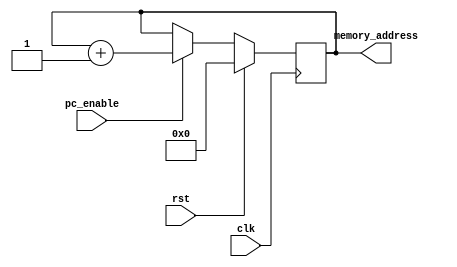


module program_counter
(
    input clk,
    input pc_enable,
    input rst,
    output reg [3:0] memory_address
);


    parameter MEMORY_ADDRESS_WIDTH = 4;

    always @ (posedge clk)
        begin
            if (pc_enable)
                memory_address <= memory_address + 1;
            if (rst) 
                memory_address <= 0;
            
        end
    
endmodule